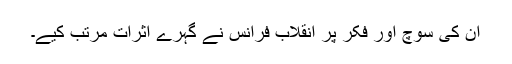
ان کی سوچ اور فکر پر انقلاب فرانس نے گہرے اثرات مرتب کیے۔